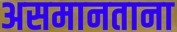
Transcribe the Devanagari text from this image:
असमानताना